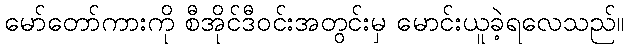
မော်တော်ကားကို စီအိုင်ဒီဝင်းအတွင်းမှ မောင်းယူခဲ့ရလေသည်။